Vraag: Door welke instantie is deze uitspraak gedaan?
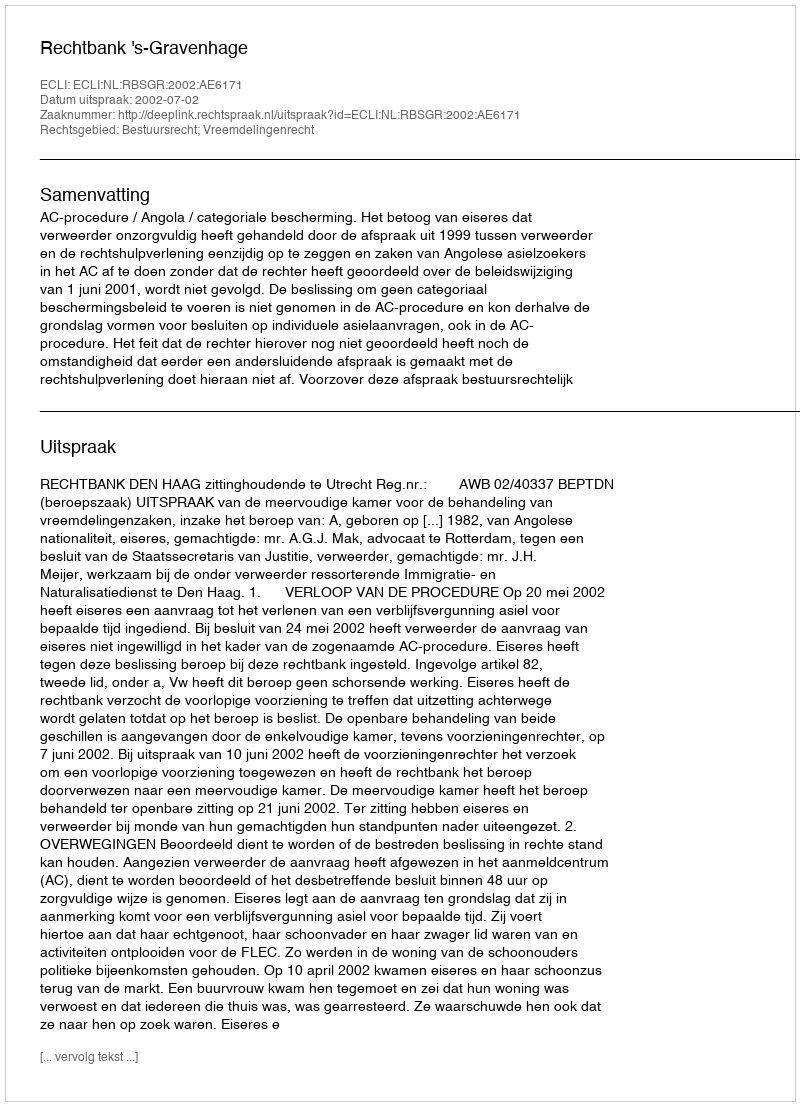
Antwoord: Rechtbank 's-Gravenhage